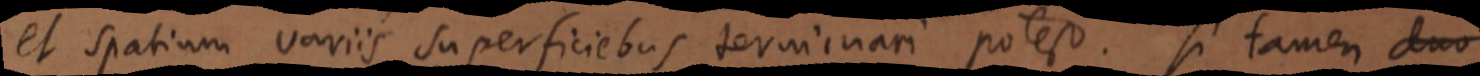
et spatium variis superficiebus terminari potest. si tamen duo